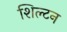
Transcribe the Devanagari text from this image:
शिल्टन